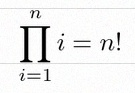
\prod_{i=1}^{n}i=n!